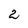
Character: 2